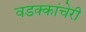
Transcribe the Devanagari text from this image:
वडक्कांचेरी